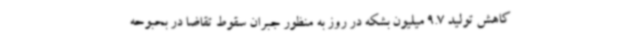
کاهش تولید 9.7 میلیون بشکه در روز به منظور جبران سقوط تقاضا در بحبوحه